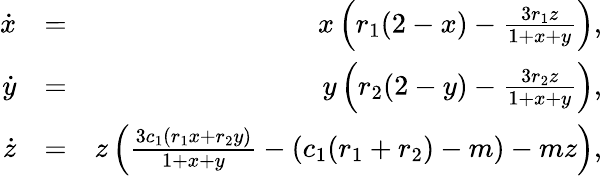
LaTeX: \begin{array}{rlr}{\dot{x}}&{=}&{x\left(r_{1}(2-x)-\frac{3r_{1}z}{1+x+y}\right),}\\ {\dot{y}}&{=}&{y\left(r_{2}(2-y)-\frac{3r_{2}z}{1+x+y}\right),}\\ {\dot{z}}&{=}&{z\left(\frac{3c_{1}(r_{1}x+r_{2}y)}{1+x+y}-(c_{1}(r_{1}+r_{2})-m)-mz\right),}\end{array}